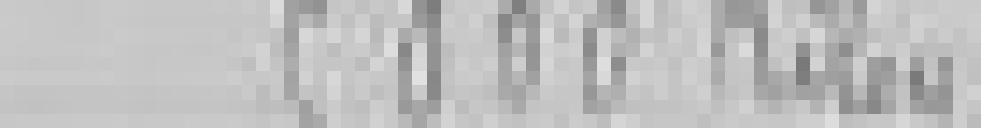
entrée : 5.000 kilos